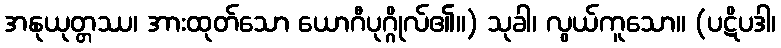
အနုယုတ္တဿ၊ အားထုတ်သော ယောဂီပုဂ္ဂိုလ်၏။) သုခါ၊ လွယ်ကူသော။ (ပဋိပဒါ၊